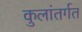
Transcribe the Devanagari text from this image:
कुलांतर्गत